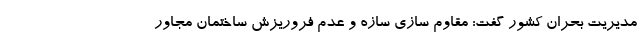
مدیریت بحران کشور گفت: مقاوم سازی سازه و عدم فروریزش ساختمان مجاور